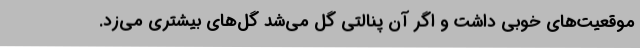
موقعیت‌های خوبی داشت و اگر آن پنالتی گل می‌شد گل‌های بیشتری می‌زد.